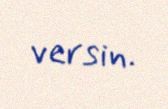
versin.